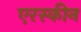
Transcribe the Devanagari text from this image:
एरस्कीन